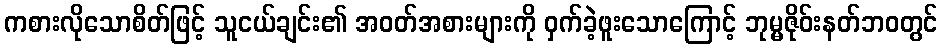
ကစားလိုသောစိတ်ဖြင့် သူငယ်ချင်း၏ အဝတ်အစားများကို ဝှက်ခဲ့ဖူးသောကြောင့် ဘုမ္မဇိုဝ်းနတ်ဘဝတွင်